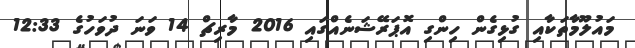
މައުލޫމާތަކާއި ގުޅިގެން ހިންގި އޮޕަރޭޝަނެއްގައި 2016 މާރިޗް 14 ވަނަ ދުވަހުގެ 12:33